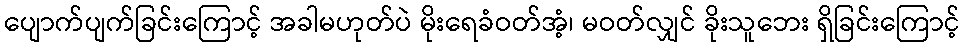
ပျောက်ပျက်ခြင်းကြောင့် အခါမဟုတ်ပဲ မိုးရေခံဝတ်အံ့၊ မဝတ်လျှင် ခိုးသူဘေး ရှိခြင်းကြောင့်